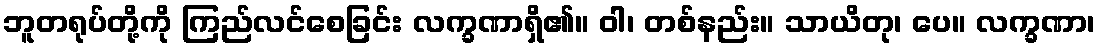
ဘူတရုပ်တို့ကို ကြည်လင်စေခြင်း လက္ခဏာရှိ၏။ ဝါ၊ တစ်နည်း။ သာယိတု၊ ပေ။ လက္ခဏာ၊